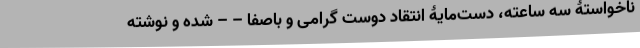
ناخواستۀ سه ساعته، دست‌مایۀ انتقاد دوست گرامی و باصفا – – شده و نوشته